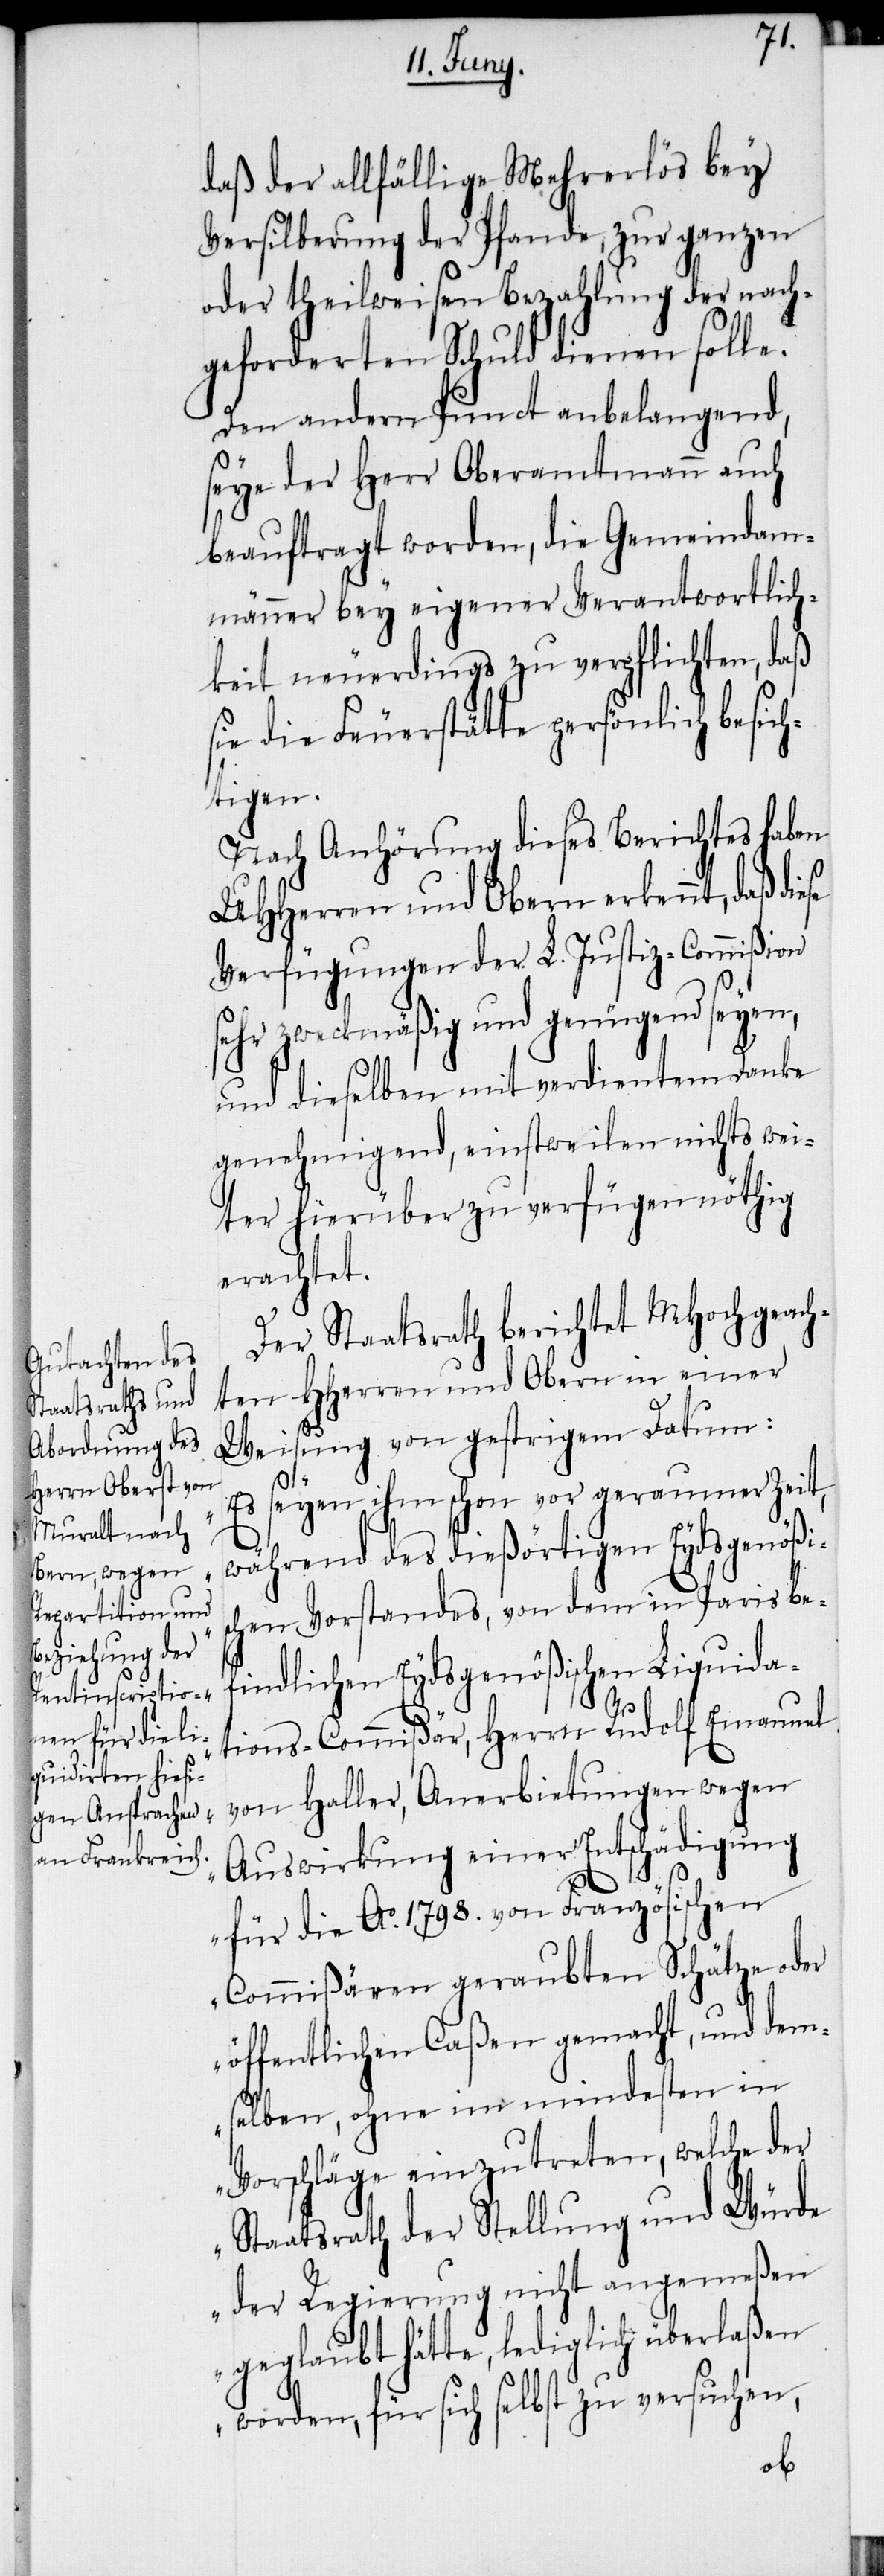
daß der allfällige Mehrerlös bey
Versilberung der Pfande, zur ganzen
oder theilweisen Bezahlung der nach¬
geforderten Schuld dienen solle.
Den andern Punct anbelangend,
seye der Herr Oberamtmann auch
beauftragt worden, die Gemeindam¬
männer bey eigener Verantwortlich¬
keit neuerdings zu verpflichten, daß
sie die Feuerstätte persönlich besich¬
tigen.
Nach Anhörung dieses Berichtes haben
UHHerren und Obern erkennt, daß die¬
Verfügungen der L. Justiz-Commißion
sehr zweckmäßig und genügend seyen,
und dieselben mit verdientem Danke
genehmigend, einstweilen nichts wei¬
ter hierüber zu verfügen nöthig
erachtet.
Der Staatsrath berichtet MHochgeach¬
ten HHerren und Obern in einer
Weisung von gestrigem Datum:
s seyen ihm schon vor geraumer Zeit,
während des dießörtigen Eydsgenößis¬
chen Vorstandes, von dem in Paris be¬
findlichen Eydsgenößischen Liquida¬
tions-Commißär, Herrn Rudolf Emanuel
von Haller, Anerbietungen wegen
Auswirkung einer Entschädigung
„E¬
für die Ao. 1798. von Französischen
Commißären geraubten Schätze oder
öffentlichen Caßen gemacht, und dem¬
selben, ohne im mindesten in
Vorschläge einzutreten, welche der
Staatsrath der Stellung und Würde
der Regierung nicht angemeßen
geglaubt hätte, lediglich überlaßen
worden, für sich selbst zu versuchen,